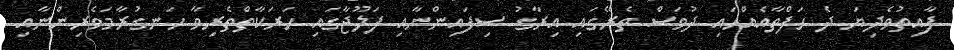
ފާއިތުވެދިޔަ ދެ ހަފްތާއެއްހައި ދުވަސް ތެރޭގައި އިރާގު ސިފައިންނާއި ފަލޫޖާގައި ހަރަކާތްތެރިވާ ހަނގުރާމަވެރިންނާއި